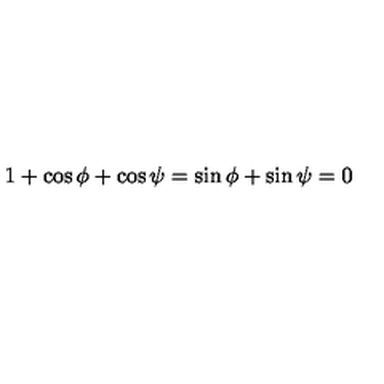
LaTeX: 1 + \cos \phi + \cos \psi = \sin \phi + \sin \psi = 0